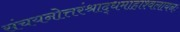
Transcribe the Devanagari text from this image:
संचयनोत्तरंश्राद्धमाहाश्वलायनः